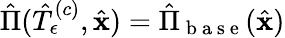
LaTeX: \hat{\Pi}(\hat{T}_{\epsilon}^{\left(c\right)},\hat{\mathbf{x}})=\hat{\Pi}_{\mathrm{~b~a~s~e~}}(\hat{\mathbf{x}})